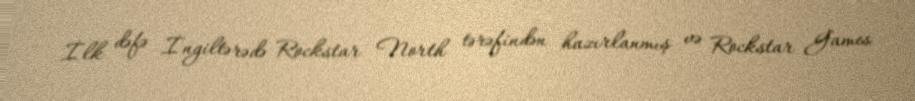
İlk dəfə İngiltərədə Rockstar North tərəfindən hazırlanmış və Rockstar Games